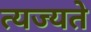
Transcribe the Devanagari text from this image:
त्यज्यते